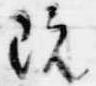
既